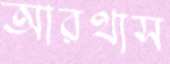
আরথাস